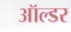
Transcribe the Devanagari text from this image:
ऑल्‍डर